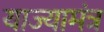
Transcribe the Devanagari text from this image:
याज्यामंत्र